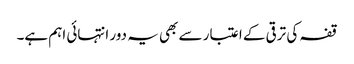
قفہ کی ترقی کے اعتبار سے بھی یہ دور انتہائی اہم ہے۔